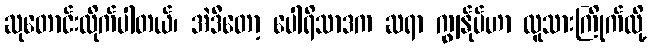
ဆုတောင်းလိုက်ပါတယ်၊ အဲဒီတော့ ပေါရိသာဒက ဆရာ ကျွန်ုပ်ဟာ လူသားကြိုက်လို့